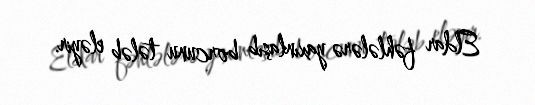
Eldar fəhlələrə yaxınlaşıb borcunu tələb eləyir.